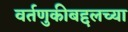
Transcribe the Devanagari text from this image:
वर्तणुकीबद्दलच्या